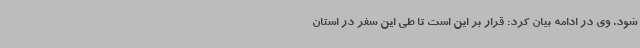
شود. وی در ادامه بیان کرد: قرار بر این است تا طی این سفر در استان